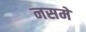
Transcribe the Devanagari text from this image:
नसमे